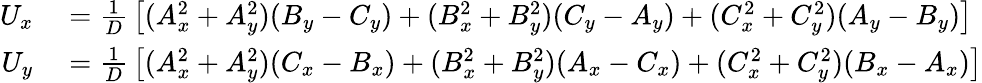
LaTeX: \begin{array}{rl}{U_{x}}&{{}={\frac{1}{D}}\left[(A_{x}^{2}+A_{y}^{2})(B_{y}-C_{y})+(B_{x}^{2}+B_{y}^{2})(C_{y}-A_{y})+(C_{x}^{2}+C_{y}^{2})(A_{y}-B_{y})\right]}\\ {U_{y}}&{{}={\frac{1}{D}}\left[(A_{x}^{2}+A_{y}^{2})(C_{x}-B_{x})+(B_{x}^{2}+B_{y}^{2})(A_{x}-C_{x})+(C_{x}^{2}+C_{y}^{2})(B_{x}-A_{x})\right]}\end{array}